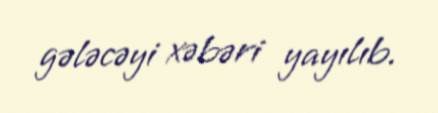
gələcəyi xəbəri yayılıb.